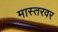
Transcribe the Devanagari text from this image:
मास्तरवर